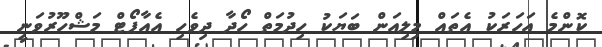
ކޮންމެ އަހަރަކު އެތައް މިލިއަން ބަޔަކު ހިދުމަތް ހޯދާ ދިވެހި އެއާޕޯޓް މަޝްހޫރުވަނީ